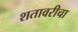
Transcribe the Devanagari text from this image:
शतावरीचा